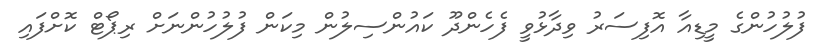
ފުލުހުންގެ މީޑިއާ އޮފިސަރު ވިދާޅުވީ ފެހެންދޫ ކައުންސިލުން މިކަން ފުލުހުންނަށް ރިޕޯޓް ކޮށްފައި